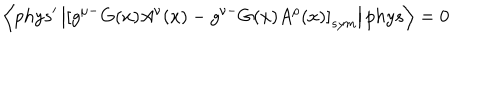
LaTeX: \left\langle p h y s ^ { \prime } \left| \left[ g ^ { \mu - } G ( x ) A ^ { \nu } ( x ) - g ^ { \nu - } G ( x ) A ^ { \rho } ( x ) \right] _ { s y m } \right| p h y s \right\rangle = 0